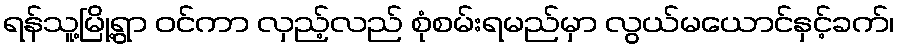
ရန်သူ့မြို့ရွာ ဝင်ကာ လှည့်လည် စုံစမ်းရမည်မှာ လွယ်မယောင်နှင့်ခက်၊